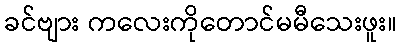
ခင်ဗျား ကလေးကိုတောင်မမီသေးဖူး။